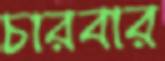
চারবার